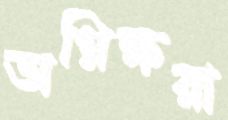
অগ্নিক্ষরা